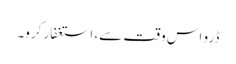
ڈرو اس وقت سے، استغفار کرو۔